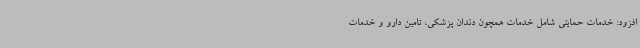
افزود: خدمات حمایتی شامل خدمات همچون دندان پزشکی، تامین دارو و خدمات